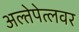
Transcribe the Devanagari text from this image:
अल्तेपेत्लवर